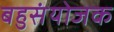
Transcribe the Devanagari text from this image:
बहुसंयोजक